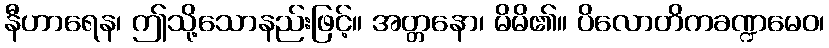
နီဟာရေန၊ ဤသို့သောနည်းဖြင့်။ အတ္တနော၊ မိမိ၏။ ပိလောတိကခဏ္ဍမေဝ၊